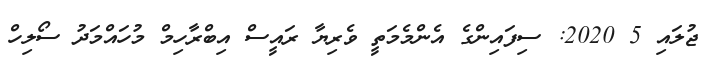
ޖުލައި 5 2020: ސިފައިންގެ އެންމެމަތީ ވެރިޔާ ރައީސް އިބްރާހިމް މުހައްމަދު ސޯލިހް